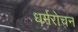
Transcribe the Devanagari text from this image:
धर्मरोचन